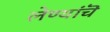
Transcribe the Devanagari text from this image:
लेण्यांचॆ